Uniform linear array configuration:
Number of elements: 4
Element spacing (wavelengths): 0.25
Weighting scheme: uniform
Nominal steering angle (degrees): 15
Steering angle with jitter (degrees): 15.015
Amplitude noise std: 0.05
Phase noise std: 0.05

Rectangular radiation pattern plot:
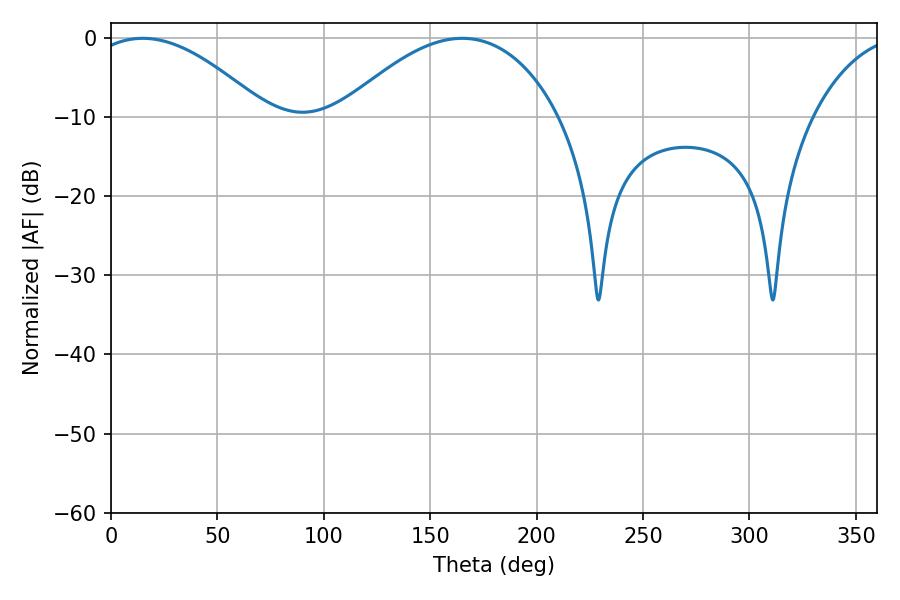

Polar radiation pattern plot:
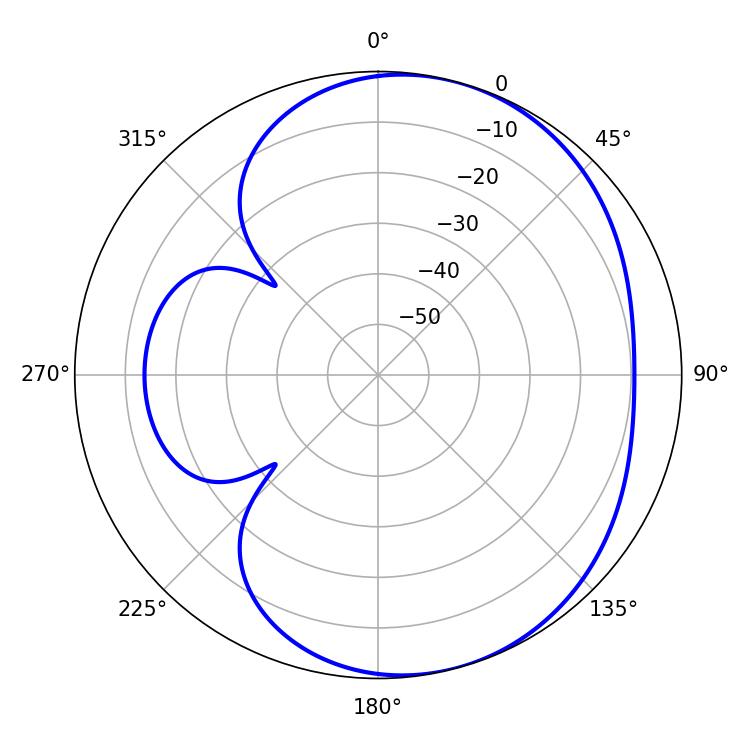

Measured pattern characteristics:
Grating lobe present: FALSE
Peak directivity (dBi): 4.833
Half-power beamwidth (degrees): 45.72
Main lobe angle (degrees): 14.94